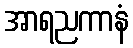
အာရညကာနံ